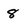
Character: 8